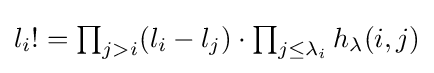
\textstyle l_{i}!=\prod _{j>i}(l_{i}-l_{j})\cdot \prod _{j\leq \lambda _{i}}h_{\lambda }(i,j)